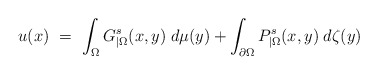
\begin{align*}u(x)\ =\ \int_\Omega G^s_{|\Omega}(x,y)\;d\mu(y)+\int_{\partial\Omega}P_{|\Omega}^s(x,y)\;d\zeta(y)\end{align*}